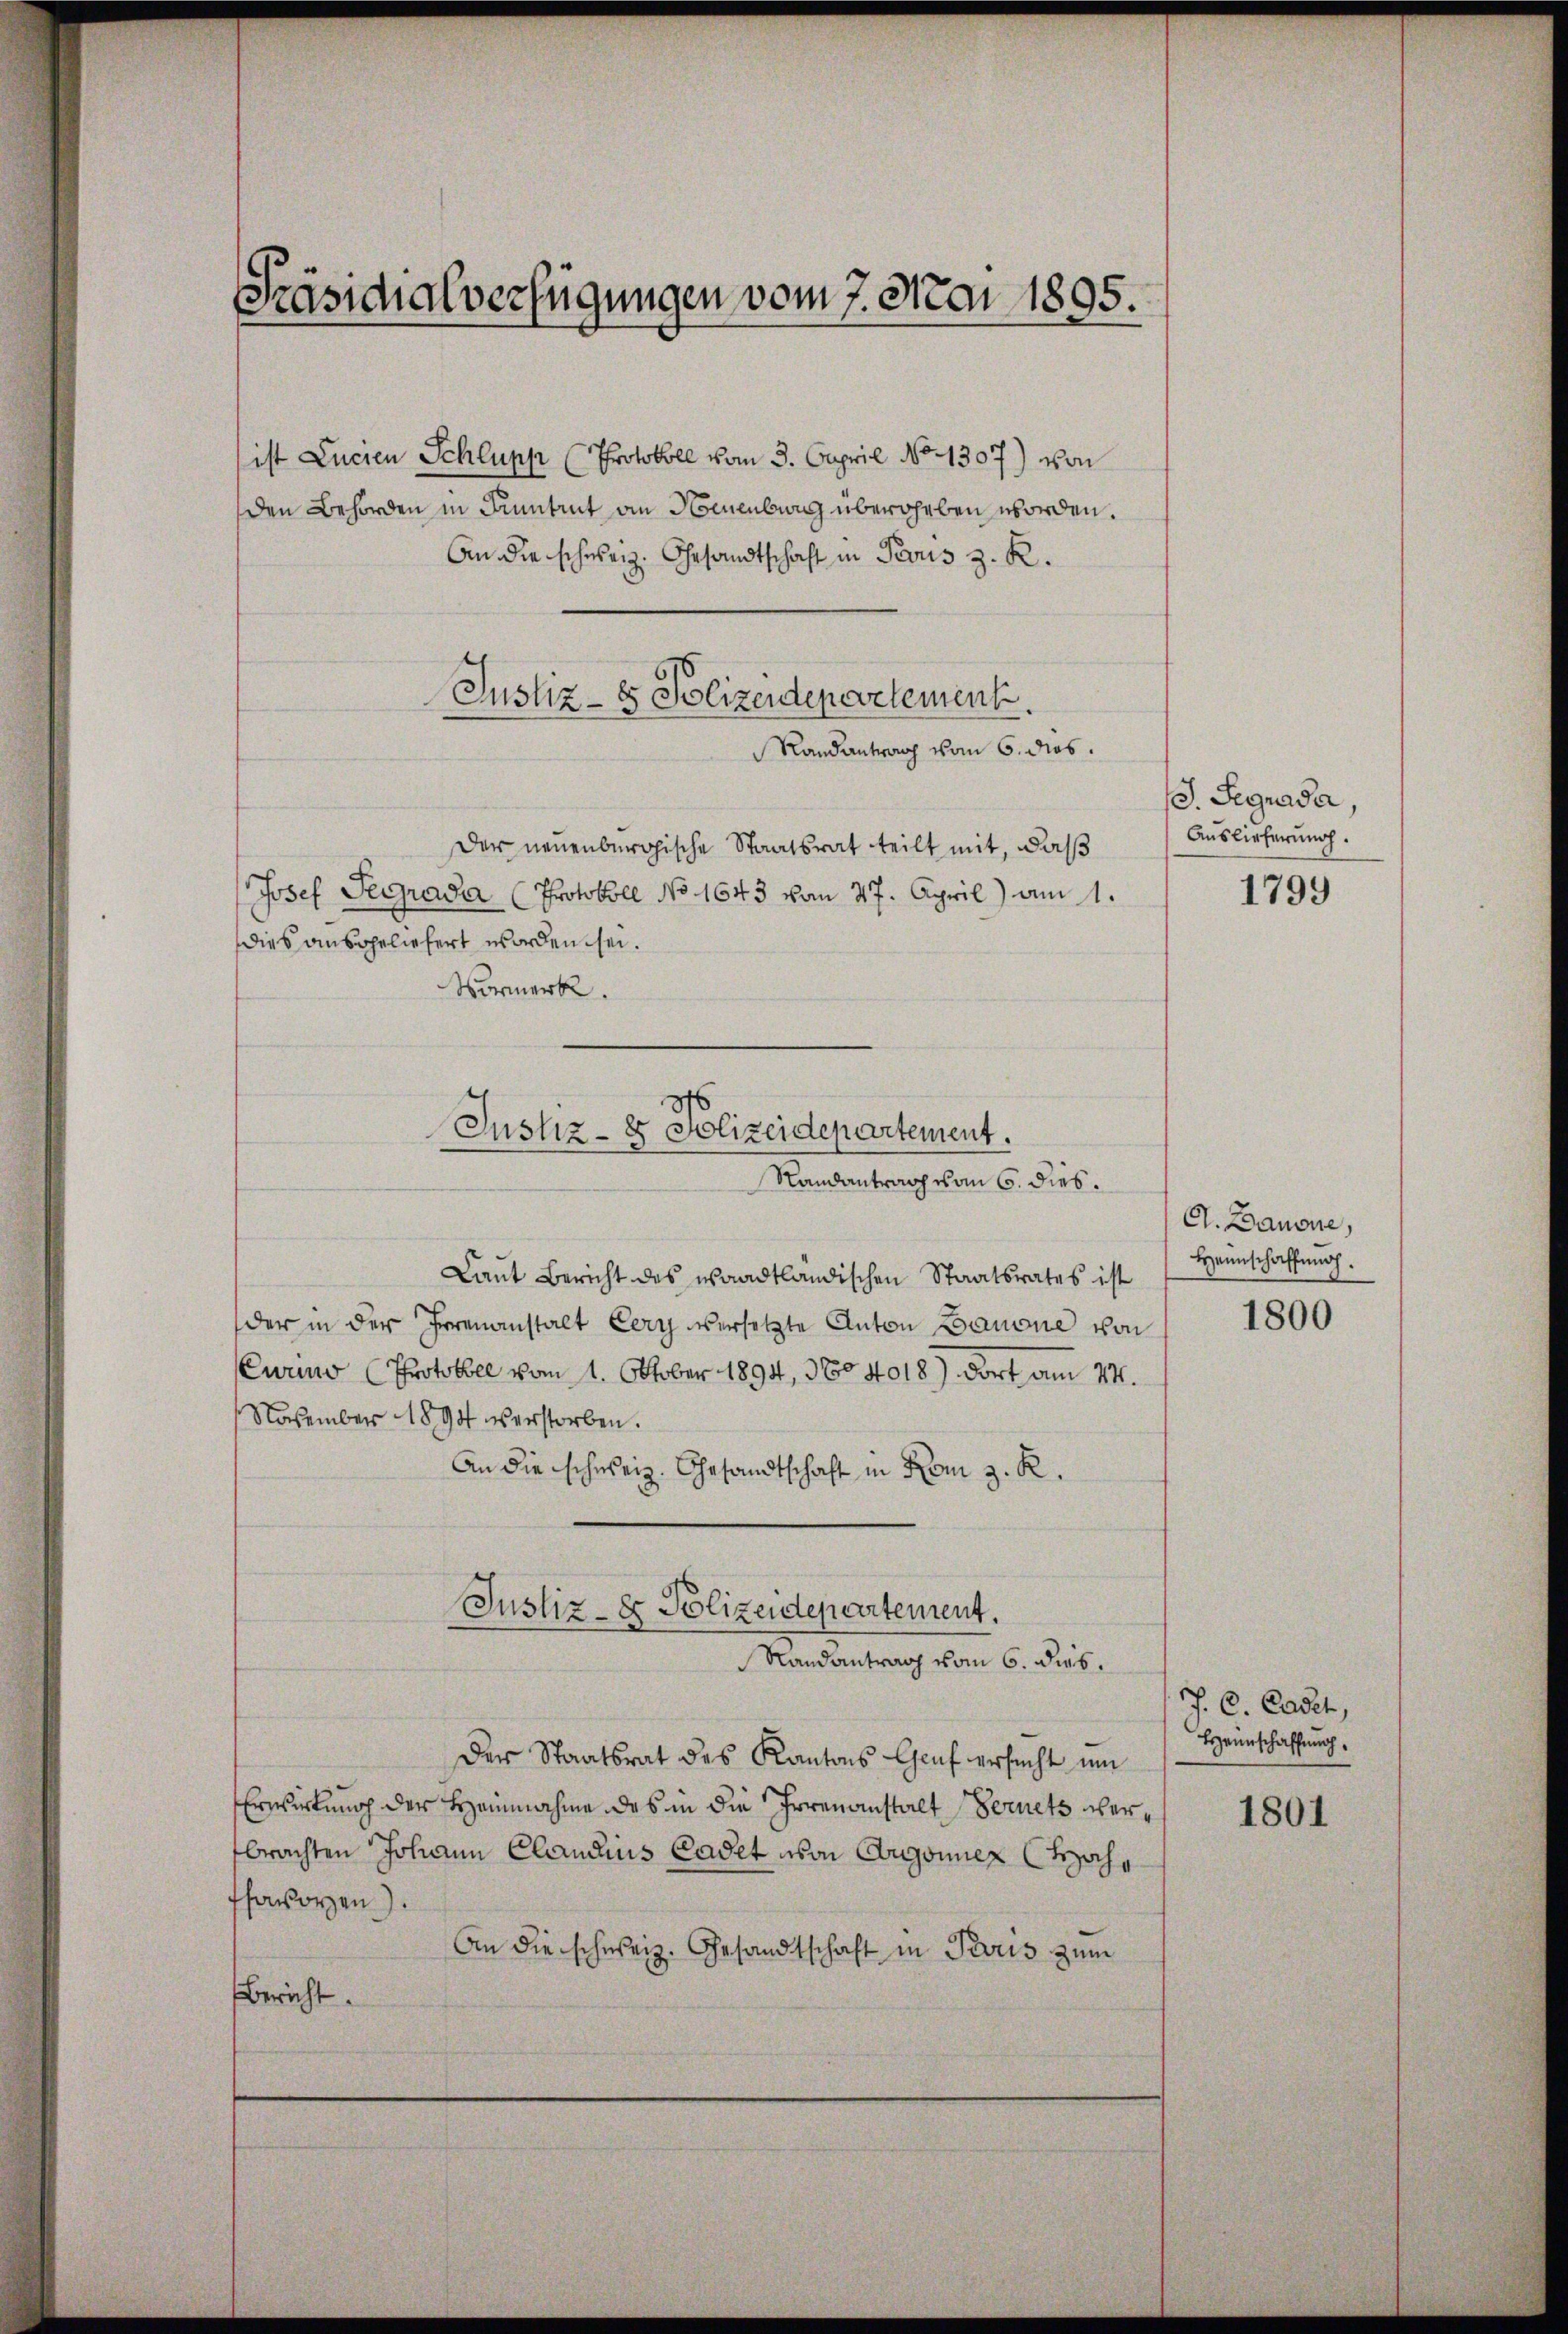
Präsidialverfügungen vom 7. Mai 1895.

ist Lucien Schlupp (Protokoll vom 3. Capril No 1307) von
den Behörden in Funtrut an Neuenburg übergeben worden.
An die schweiz. Gesandtschaft in Paris z. R.
Justiz- & Polizeidepevelement
Randantrag vom 6. dies
Der neuenbergische Staatsrat teilt mit, daß
Josef Pegradar (Protokoll No 1643 vom 27. April) am 1.
dies ausgeliefert worden sei.
Vermerk.
Laut Bericht des waadtländischen Staatsrates ist
der in der Irrenanstalt Eery versetzte Anton Banone von
Curino (Protokoll vom 1. Oktober 1894, No 4018) dort am 24.
November 1894 s erstorben.
An die schweiz. Gesandtschaft in Rom z. R.
Justiz- & Polizeidepartement.
Randantrag vom 6. dies.
Der Staatsrat des Kantons Genf ersucht um
Erwirkung der Hannahme das in die Irrenanstalt Bernets verbrachten Johann Claudius Cadet von Argonnen (Hahr
ffavoren).
An die schweiz. Gesandtschaft in Paris zum
Bericht.

Justiz- & Polizeidepartement.
Randantrag vom 6. dies.

J. Segnada,
Auslieferung.

1799

A. Banone,
Heimschaffung.

1800

J. C. Cadet,
Heimschaffung

1801